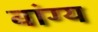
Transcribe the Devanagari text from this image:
वांग्य